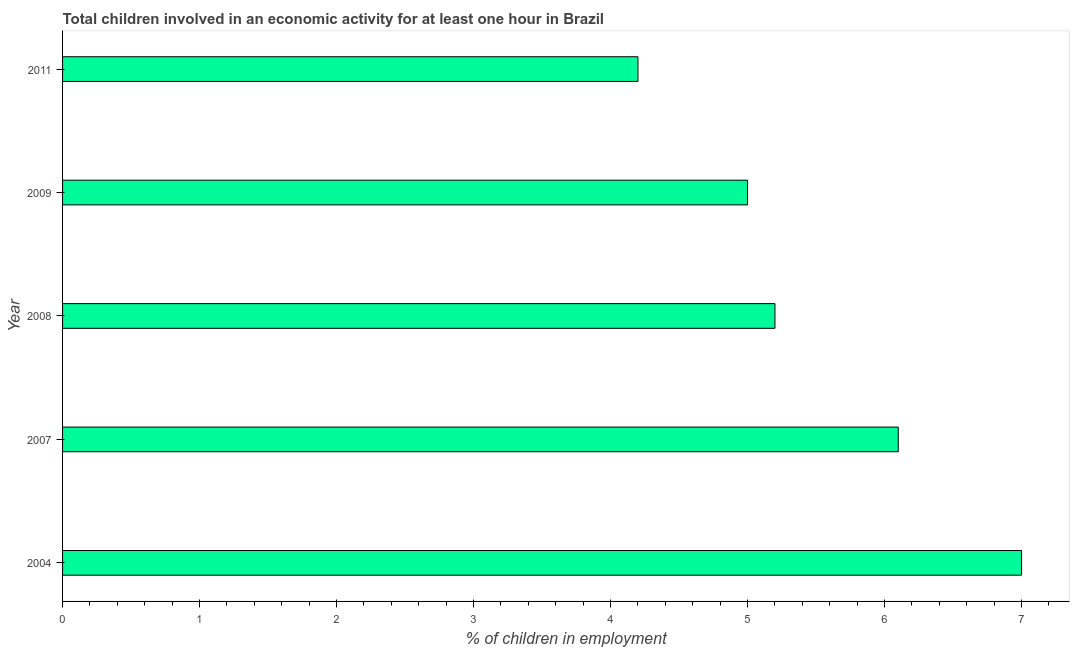
| Year | Children in employment |
 | --- | --- |
 | 2004 | 7 |
 | 2007 | 6.1 |
 | 2008 | 5.2 |
 | 2009 | 5 |
 | 2011 | 4.2 |